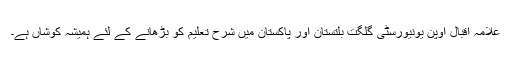
علامہ اقبال اوپن یونیورسٹی گلگت بلتستان اور پاکستان میں شرح تعلیم کو بڑھانے کے لئے ہمیشہ کوشاں ہے۔